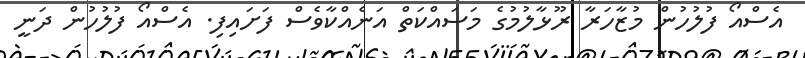
އެސްއޯ ފުލުހުން މުޒާހަރާ ރޫޅާލުމުގެ މަސައްކަތް އަނެއްކާވެސް ފަށައިފި. އެސްއޯ ފުލުހުން ދަނީ